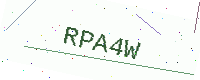
Text: RPA4W